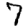
Digit: 7